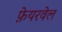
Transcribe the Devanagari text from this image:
फ़ेयरवेल